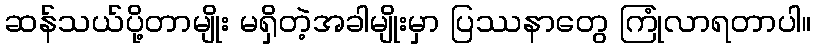
ဆန်သယ်ပို့တာမျိုး မရှိတဲ့အခါမျိုးမှာ ပြဿနာတွေ ကြုံလာရတာပါ။